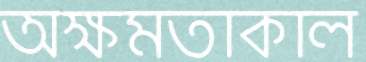
অক্ষমতাকাল